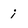
Character: i